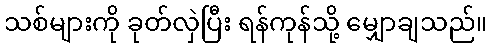
သစ်များကို ခုတ်လှဲပြီး ရန်ကုန်သို့ မျှောချသည်။